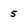
Character: 5